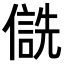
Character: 𪝮